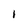
Character: l